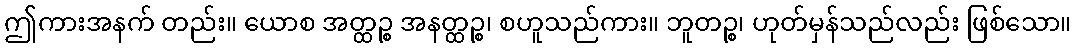
ဤကားအနက် တည်း။ ယောစ အတ္ထဉ္စ အနတ္ထဉ္စ၊ စဟူသည်ကား။ ဘူတဉ္စ၊ ဟုတ်မှန်သည်လည်း ဖြစ်သော။